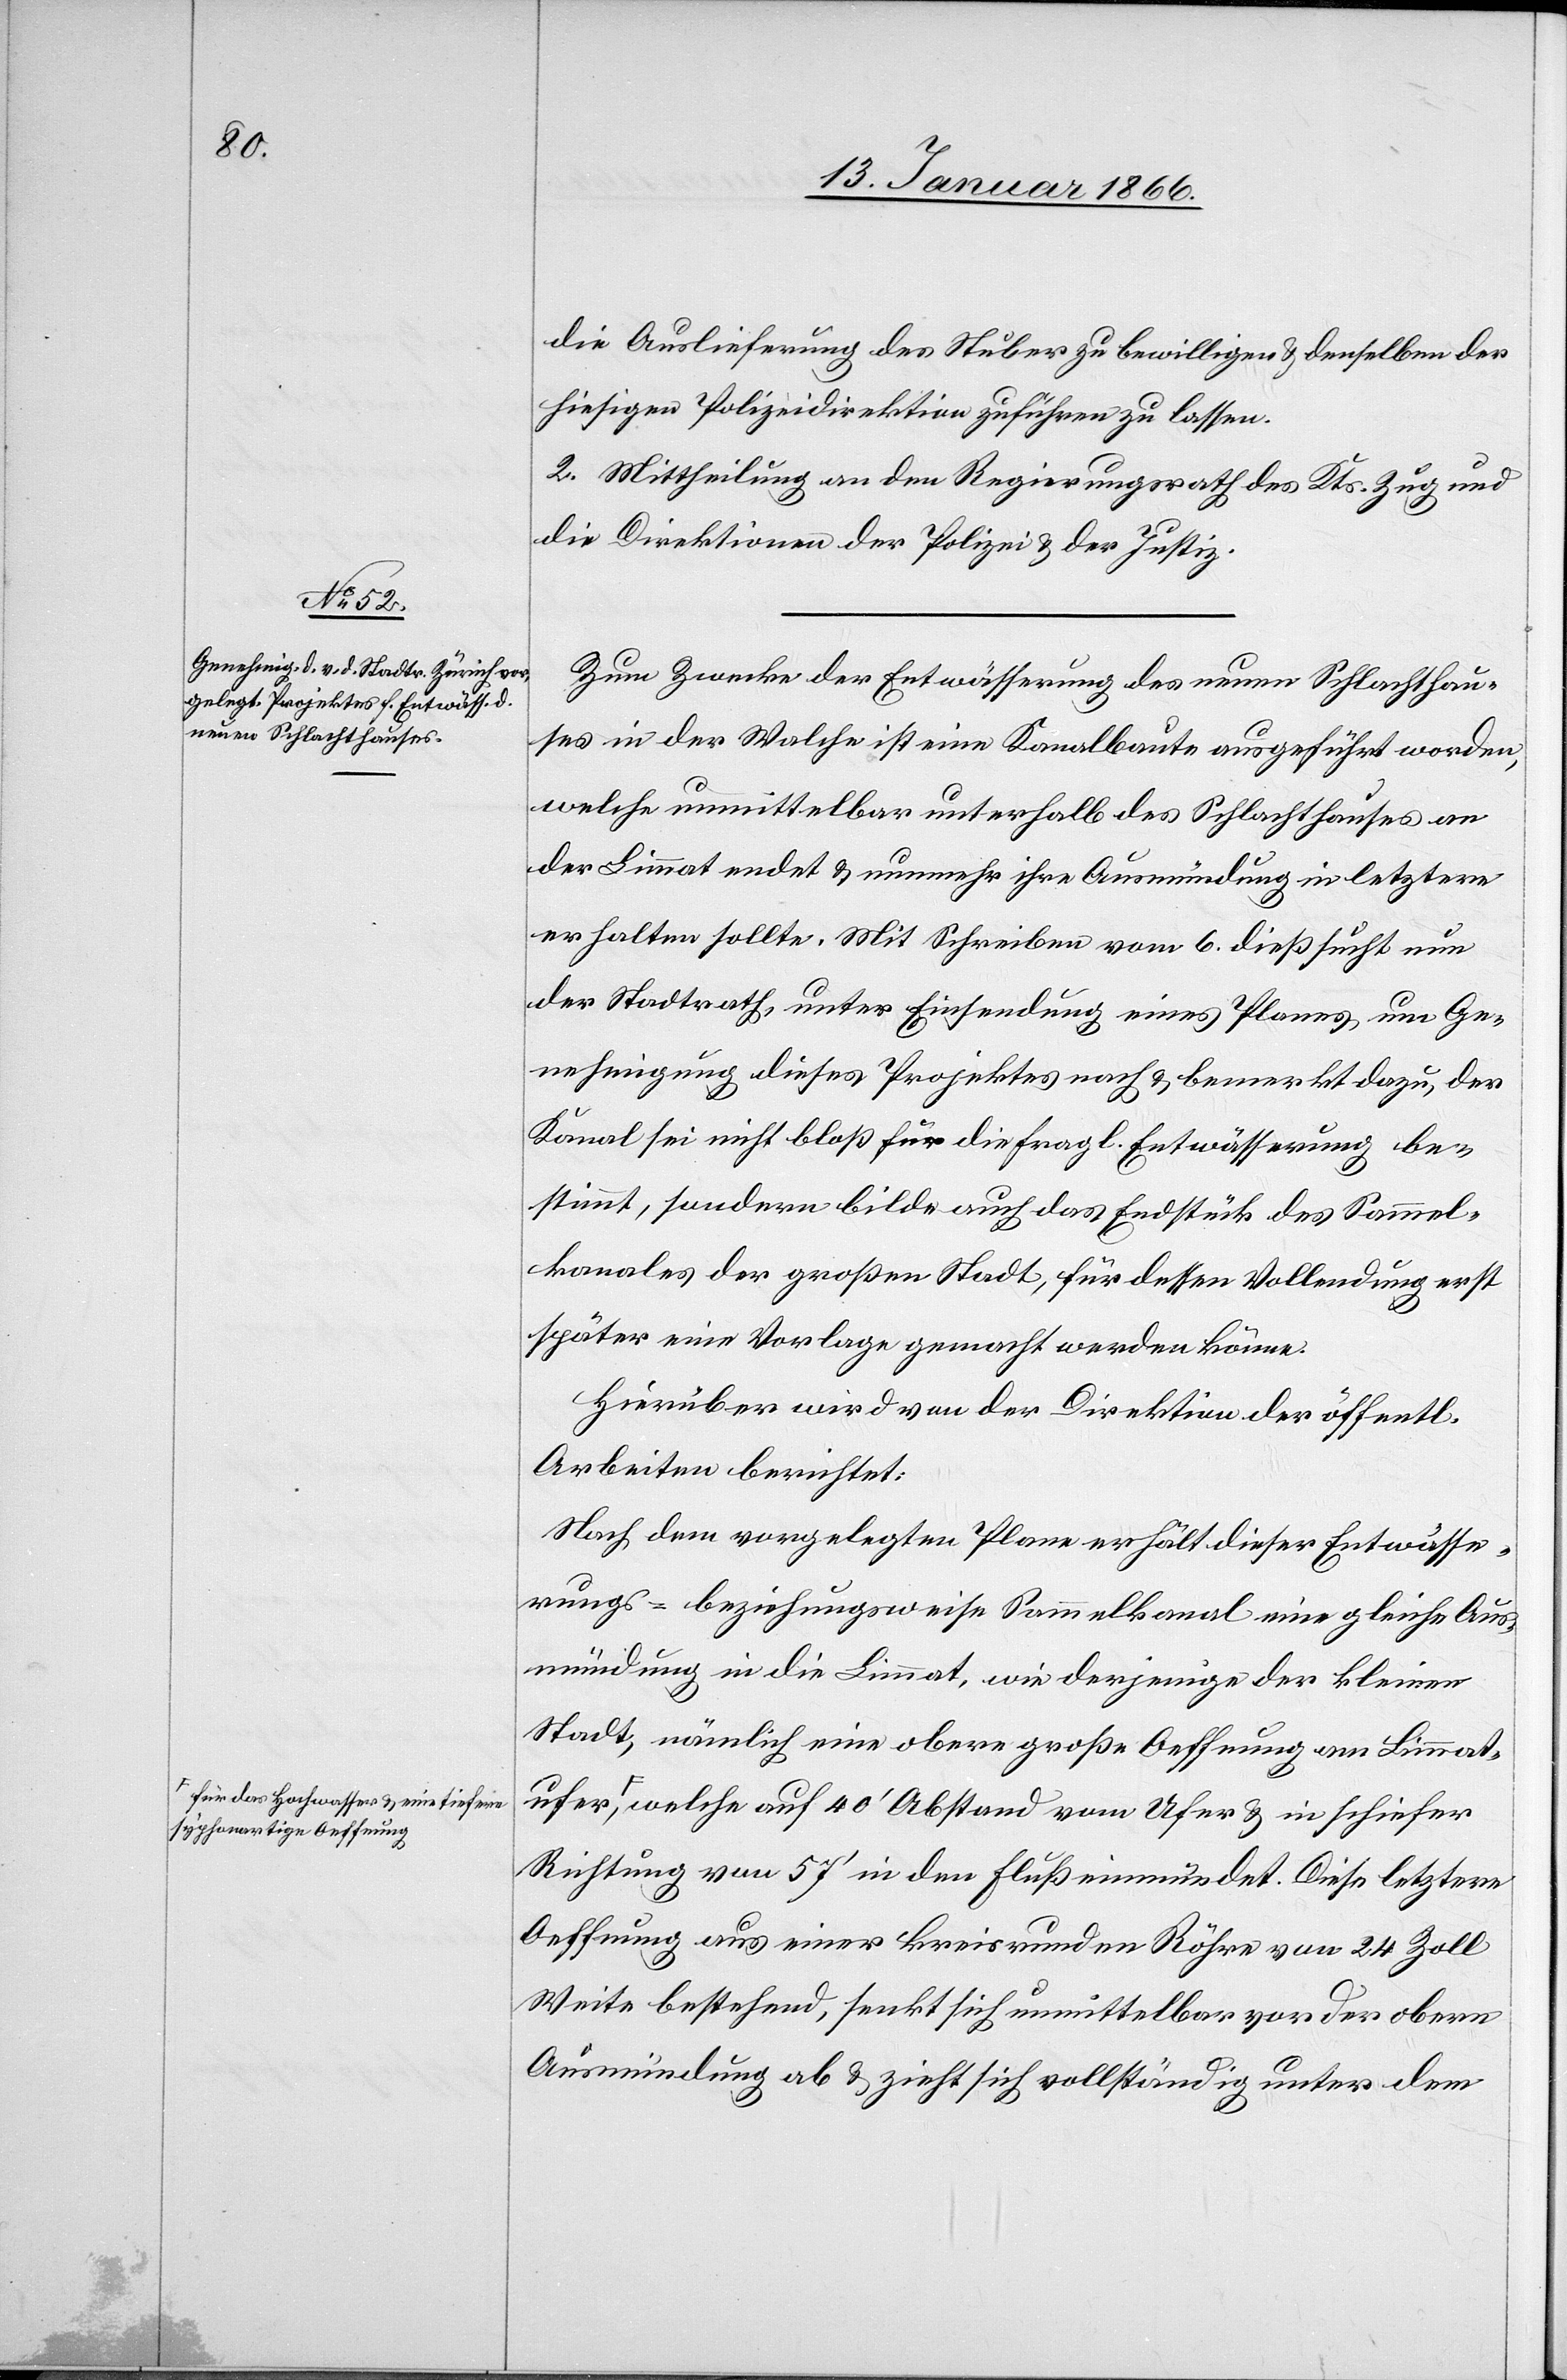
ufer,
für das Hochwasser u. eine tiefere
syphonartige Oeffnun¬

die Auslieferung des Stuber zu bewilligen & denselben der
hiesigen Polizeidirektion zuführen zu lassen.
2. Mittheilung an den Regierungsrath des Kts. Zug und
die Direktionen der Polizei u. der Justiz.
Zum Zwecke der Entwässerung des neuen Schlachthau¬
ses in der Walche ist eine Kanalbaute ausgeführt worden,
welche unmittelbar unterhalb des Schlachthauses an
der Limmat endet u. nunmehr ihre Ausmündung in letztere
erhalten sollte. Mit Schreiben vom 6. dieß sucht nun
der Stadtrath, unter Einsendung eines Planes um Ge¬
nehmigung dieses Projektes nach u. bemerkt dazu, der
Kanal sei nicht bloß für die fragl. Entwässerung be¬
stimmt, sondern bilde auch das Endstück des Sammel¬
kanales der großen Stadt, für dessen Vollendung erst
später eine Vorlage gemacht werden könne.
Hierüber wird von der Direktion der öffentl.
Arbeiten berichtet:
Nach dem vorgelegten Plane erhält dieser Entwässe¬
rungs- beziehungsweise Sammelkanal eine gleiche Aus¬
mündung in die Limmat, wie derjenige der kleinen
Stadt, nämlich eine obere große Oeffnung am Limmat¬
g, welche auf 40' Abstand vom Ufer u. in schiefer
Richtung von 57' in den Fluß einmündet. Diese letztere
Oeffnung aus einer kreisrunden Röhre von 24 Zoll
Weite bestehend, senkt sich unmittelbar vor der obern
Ausmündung ab u. zielt vollständig unter dem